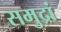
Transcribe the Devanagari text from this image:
समुद्रां